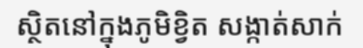
ស្ថិតនៅក្នុងភូមិខ្វិត សង្កាត់សាក់